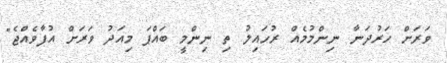
ވަރަށް ހަރުދަނާ ނިންމުމެއް ރުހައިލު ތި ނިންމީ ބައްޕަ މިއަދު ވަރަށް އުފާވެއްޖެ"